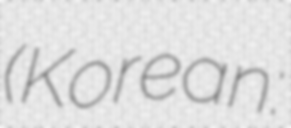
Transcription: (Korean: